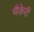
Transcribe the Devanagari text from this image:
मैकेरी